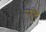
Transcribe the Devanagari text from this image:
पॄष्ठे